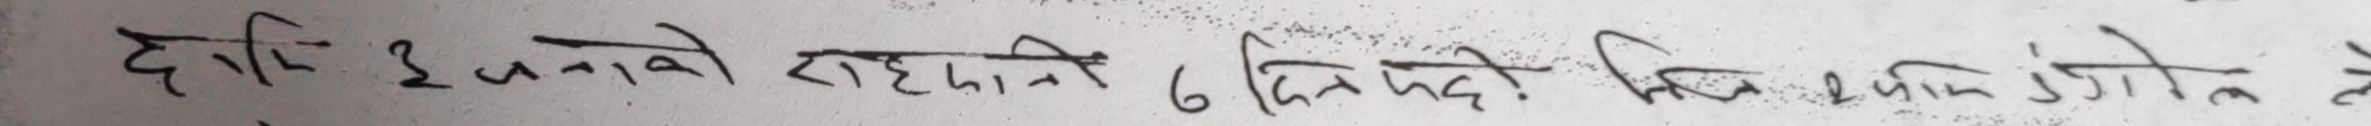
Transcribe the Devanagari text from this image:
दक्ष इकाईको सहभागि ६ दिन पद्विक शिक्षा उत्तीर्ण ले